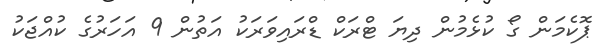
ޕޮކެމަން ގޯ ކުޅެމުން ދިޔަ ޓްރަކް ޑްރައިވަރަކު އަތުން 9 އަހަރުގެ ކުއްޖަކު